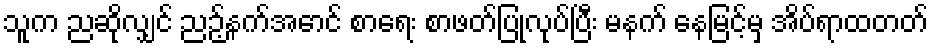
သူက ညဆိုလျှင် ညဉ့်နက်အောင် စာရေး စာဖတ်ပြုလုပ်ပြီး မနက် နေမြင့်မှ အိပ်ရာထတတ်